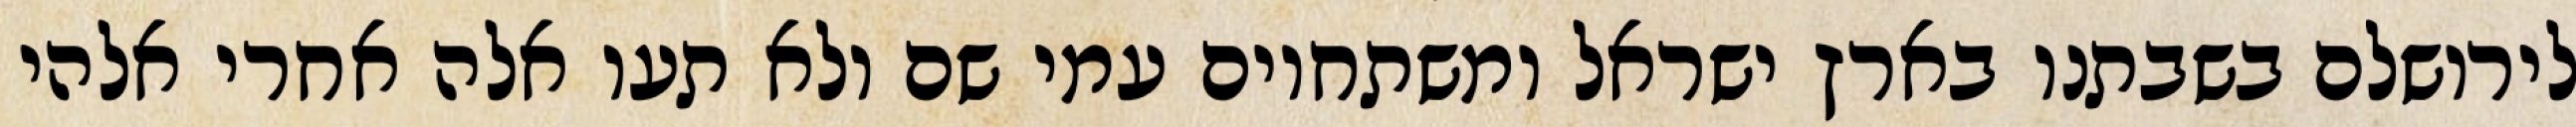
לירושלם בשבתנו בארץ ישראל ומשתחוים עמי שם ולא תעו אלה אחרי אלהי